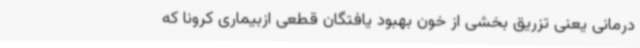
درمانی یعنی تزریق بخشی از خون بهبود یافتگان قطعی ازبیماری کرونا که